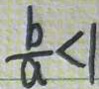
\frac { b } { a } < 1